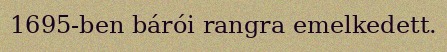
1695-ben bárói rangra emelkedett.